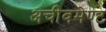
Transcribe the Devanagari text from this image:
अचीवमेण्ट